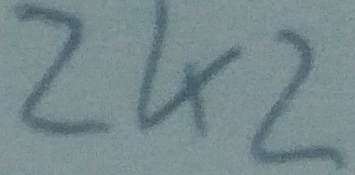
Text: 2K2